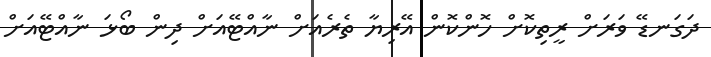
ދަަގަނޑޭ ވަރަށް ރީތިކޮށް ހޮންކޮން އޭރިޔާ ތެރެއަށް ނާއްޓޭއަށް ދިން ބޯޅަ ނާއްޓޭއަށް